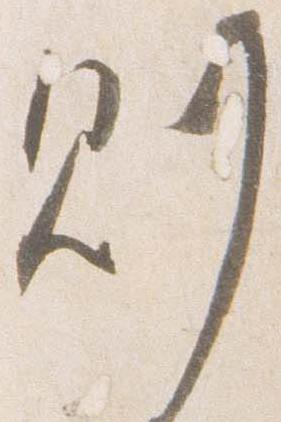
則